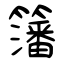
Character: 籓